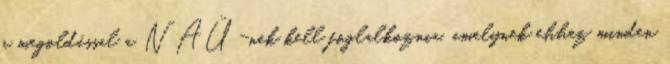
a megoldással a NAÜ-nek kell foglalkoznia, amelynek ehhez minden